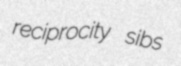
reciprocity sibs